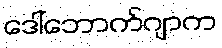
ဒေါ်ဘောက်ဂျာက